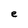
Character: e